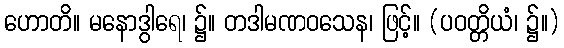
ဟောတိ။ မနောဒွါရေ၊ ၌။ တဒါမဏဝသေန၊ ဖြင့်။ (ပဝတ္တိယံ၊ ၌။)